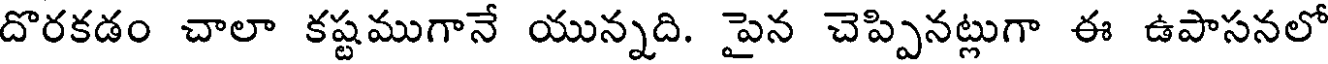
దొరకడం చాలా కష్టముగానే యున్నది. పైన చెప్పినట్లుగా ఈ ఉపాసనలో